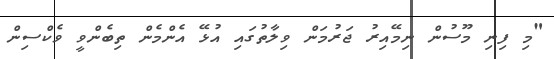
"މި ފިނި މޫސުން ނިމޭއިރު ޖަރުމަން ވިލާތުގައި އުޅޭ އެންމެން ތިބެންވީ ވެކްސިން